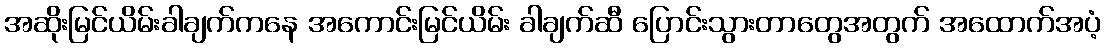
အဆိုးမြင်ယိမ်းခါချက်ကနေ အကောင်းမြင်ယိမ်း ခါချက်ဆီ ပြောင်းသွားတာတွေအတွက် အထောက်အပံ့